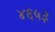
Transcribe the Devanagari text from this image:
४६५३